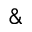
\&